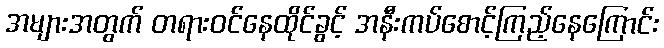
အများအတွက် တရားဝင်နေထိုင်ခွင့် အနီးကပ်စောင့်ကြည့်နေကြောင်း